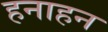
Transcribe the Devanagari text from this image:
हनाहन